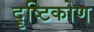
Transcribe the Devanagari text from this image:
दॄष्टिकोण